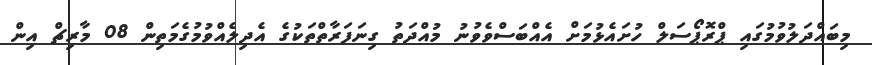
މިބައްދަލުވުމުގައި ޕްރޮޕޯސަލް ހުށައެޅުމަށް އެއްބަސްވެވުނު މުއްދަތު ގިނަފަރާތްތަކުގެ އެދިލެއްވުމުގެމަތިން 08 މާރިޗް އިން